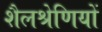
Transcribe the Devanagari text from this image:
शैलश्रेणियों